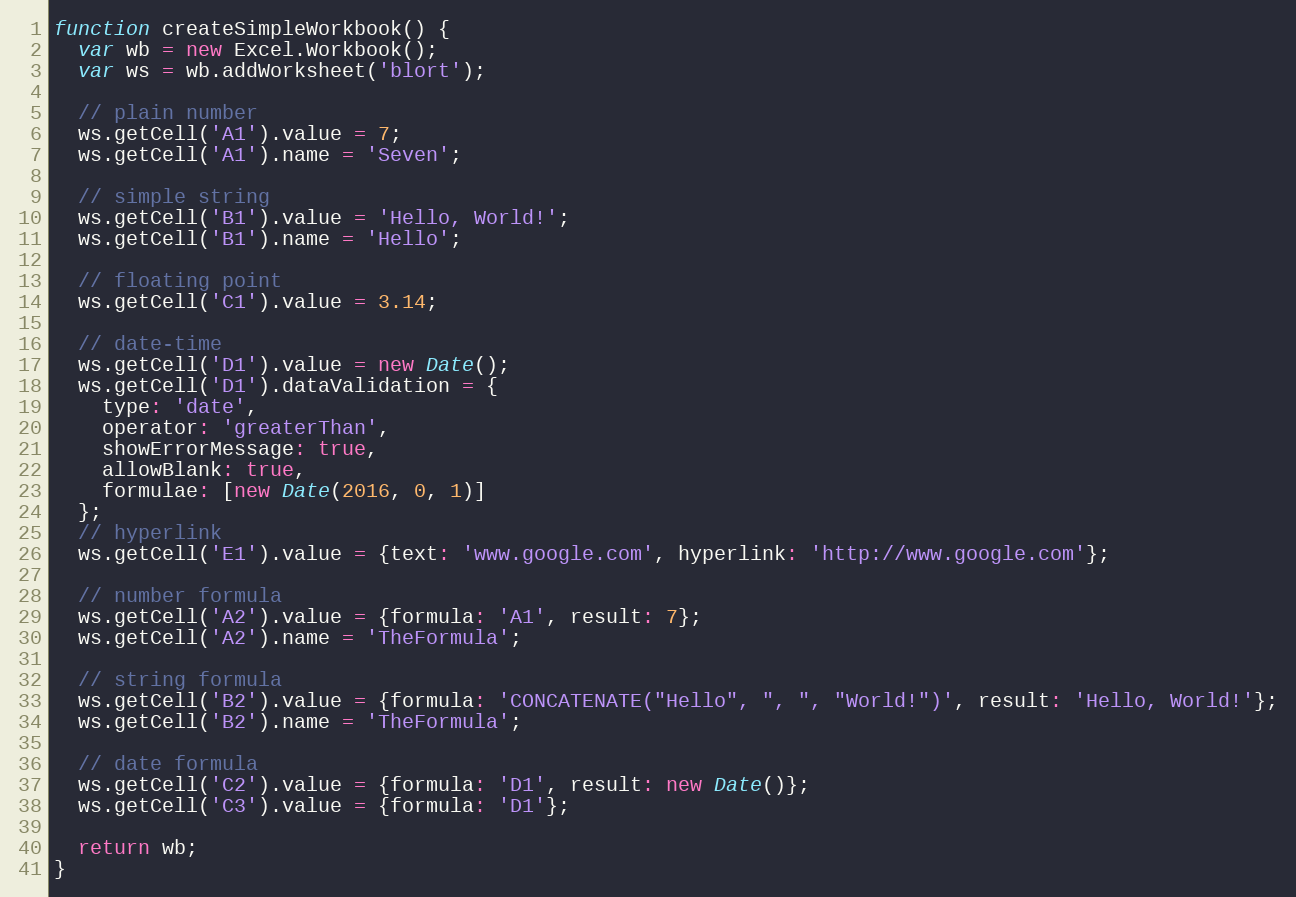
Language: JavaScript
function createSimpleWorkbook() {
  var wb = new Excel.Workbook();
  var ws = wb.addWorksheet('blort');

  // plain number
  ws.getCell('A1').value = 7;
  ws.getCell('A1').name = 'Seven';

  // simple string
  ws.getCell('B1').value = 'Hello, World!';
  ws.getCell('B1').name = 'Hello';

  // floating point
  ws.getCell('C1').value = 3.14;

  // date-time
  ws.getCell('D1').value = new Date();
  ws.getCell('D1').dataValidation = {
    type: 'date',
    operator: 'greaterThan',
    showErrorMessage: true,
    allowBlank: true,
    formulae: [new Date(2016, 0, 1)]
  };
  // hyperlink
  ws.getCell('E1').value = {text: 'www.google.com', hyperlink: 'http://www.google.com'};

  // number formula
  ws.getCell('A2').value = {formula: 'A1', result: 7};
  ws.getCell('A2').name = 'TheFormula';

  // string formula
  ws.getCell('B2').value = {formula: 'CONCATENATE("Hello", ", ", "World!")', result: 'Hello, World!'};
  ws.getCell('B2').name = 'TheFormula';

  // date formula
  ws.getCell('C2').value = {formula: 'D1', result: new Date()};
  ws.getCell('C3').value = {formula: 'D1'};

  return wb;
}